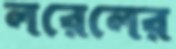
লরেলের